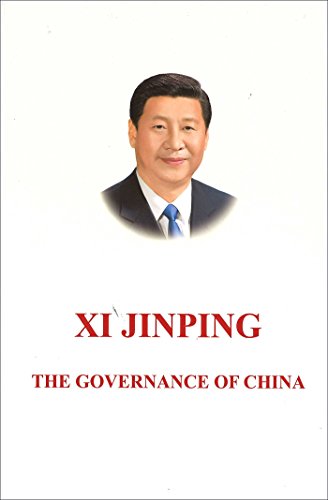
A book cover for Xi Jinping: The Governance of China: [English Language Version]; Xi Jinping; Biographies & Memoirs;